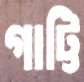
গাট্টি